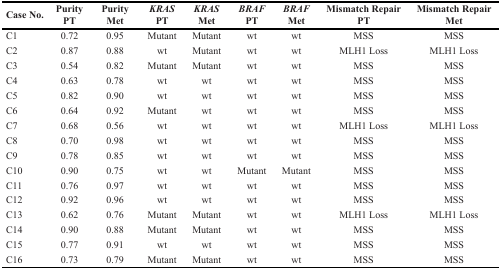
<table><thead><tr><td><b>Case No.</b></td><td><b>PurityPT</b></td><td><b>PurityMet</b></td><td><b><i>KRAS</i>PT</b></td><td><b><i>KRAS</i>Met</b></td><td><b><i>BRAF</i>PT</b></td><td><b><i>BRAF</i>Met</b></td><td><b>Mismatch RepairPT</b></td><td><b>Mismatch RepairMet</b></td></tr></thead><tbody><tr><td>C1</td><td>0.72</td><td>0.95</td><td>Mutant</td><td>Mutant</td><td>wt</td><td>wt</td><td>MSS</td><td>MSS</td></tr><tr><td>C2</td><td>0.87</td><td>0.88</td><td>wt</td><td>Mutant</td><td>wt</td><td>wt</td><td>MLH1 Loss</td><td>MLH1 Loss</td></tr><tr><td>C3</td><td>0.54</td><td>0.82</td><td>Mutant</td><td>Mutant</td><td>wt</td><td>wt</td><td>MSS</td><td>MSS</td></tr><tr><td>C4</td><td>0.63</td><td>0.78</td><td>wt</td><td>wt</td><td>wt</td><td>wt</td><td>MSS</td><td>MSS</td></tr><tr><td>C5</td><td>0.82</td><td>0.90</td><td>wt</td><td>wt</td><td>wt</td><td>wt</td><td>MSS</td><td>MSS</td></tr><tr><td>C6</td><td>0.64</td><td>0.92</td><td>Mutant</td><td>wt</td><td>wt</td><td>wt</td><td>MSS</td><td>MSS</td></tr><tr><td>C7</td><td>0.68</td><td>0.56</td><td>wt</td><td>wt</td><td>wt</td><td>wt</td><td>MLH1 Loss</td><td>MLH1 Loss</td></tr><tr><td>C8</td><td>0.70</td><td>0.98</td><td>wt</td><td>wt</td><td>wt</td><td>wt</td><td>MSS</td><td>MSS</td></tr><tr><td>C9</td><td>0.78</td><td>0.85</td><td>wt</td><td>wt</td><td>wt</td><td>wt</td><td>MSS</td><td>MSS</td></tr><tr><td>C10</td><td>0.90</td><td>0.75</td><td>wt</td><td>wt</td><td>Mutant</td><td>Mutant</td><td>MSS</td><td>MSS</td></tr><tr><td>C11</td><td>0.76</td><td>0.97</td><td>wt</td><td>wt</td><td>wt</td><td>wt</td><td>MSS</td><td>MSS</td></tr><tr><td>C12</td><td>0.92</td><td>0.96</td><td>wt</td><td>wt</td><td>wt</td><td>wt</td><td>MSS</td><td>MSS</td></tr><tr><td>C13</td><td>0.62</td><td>0.76</td><td>Mutant</td><td>Mutant</td><td>wt</td><td>wt</td><td>MLH1 Loss</td><td>MLH1 Loss</td></tr><tr><td>C14</td><td>0.90</td><td>0.88</td><td>Mutant</td><td>Mutant</td><td>wt</td><td>wt</td><td>MSS</td><td>MSS</td></tr><tr><td>C15</td><td>0.77</td><td>0.91</td><td>wt</td><td>wt</td><td>wt</td><td>wt</td><td>MSS</td><td>MSS</td></tr><tr><td>C16</td><td>0.73</td><td>0.79</td><td>Mutant</td><td>Mutant</td><td>wt</td><td>wt</td><td>MSS</td><td>MSS</td></tr></tbody></table>